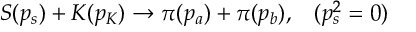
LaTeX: S ( p _ { s } ) + K ( p _ { K } ) \rightarrow \pi ( p _ { a } ) + \pi ( p _ { b } ) , \; \; \; ( p _ { s } ^ { 2 } = 0 )